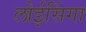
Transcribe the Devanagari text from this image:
लोईसिंगा